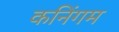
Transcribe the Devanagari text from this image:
कनिंगम